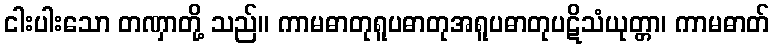
ငါးပါးသော တဏှာတို့ သည်။ ကာမဓာတုရူပဓာတုအရူပဓာတုပဋိသံယုတ္တာ၊ ကာမဓာတ်